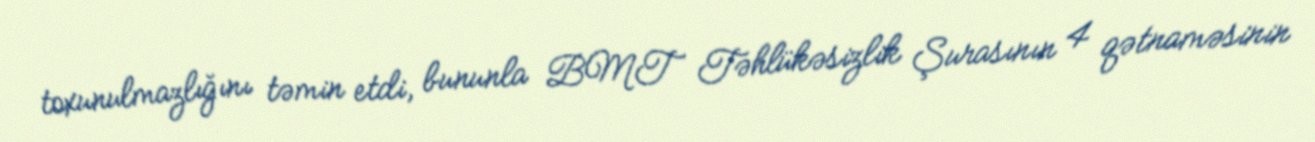
toxunulmazlığını təmin etdi, bununla BMT Təhlükəsizlik Şurasının 4 qətnaməsinin